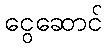
ငွေဆောင်